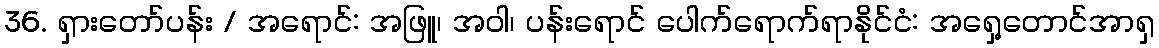
36. ရှားတော်ပန်း / အရောင်: အဖြူ၊ အဝါ၊ ပန်းရောင် ပေါက်ရောက်ရာနိုင်ငံ: အရှေ့တောင်အာရှ